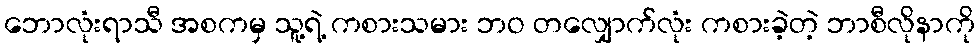
ဘောလုံးရာသီ အစကမှ သူ့ရဲ့ ကစားသမား ဘဝ တလျှောက်လုံး ကစားခဲ့တဲ့ ဘာစီလိုနာကို